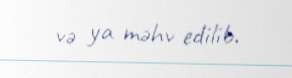
və ya məhv edilib.